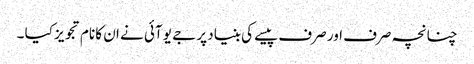
چنانچہ صرف اور صرف پیسے کی بنیاد پر جے یو آئی نے ان کا نام تجویز کیا ۔